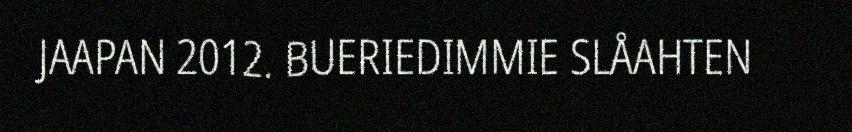
JAAPAN 2012. BUERIEDIMMIE SLÅAHTEN